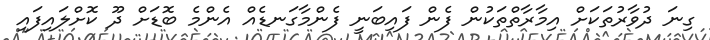
ގިނަ ދުވާރުތަކަށް އިމާރާތްތަކުން ފެން ފައިބަނީ ފެންމާގަނޑެއް އެންމެ ބޮޑަށް ދޫ ކޮށްލައިފައި